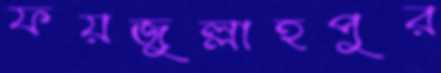
ফয়জুল্লাহপুর